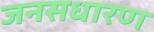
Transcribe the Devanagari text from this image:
जनसधारण